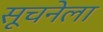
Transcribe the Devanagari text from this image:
सूचनेला